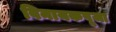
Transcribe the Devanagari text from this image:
विनायकपूजा